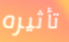
تأثيره